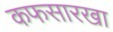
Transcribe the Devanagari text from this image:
कफसारखा